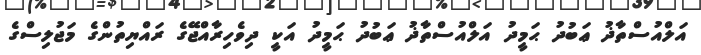
އަލްއުސްތާޛު ޢަބުދު ޙަމީދު އަލްއުސްތާޛު ޢަބުދު ޙަމީދު އަކީ ދިވެހިރާއްޖޭގެ ރައްޔިތުންގެ މަޖުލިސްގެ